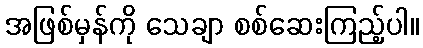
အဖြစ်မှန်ကို သေချာ စစ်ဆေးကြည့်ပါ။